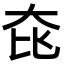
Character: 𡘁